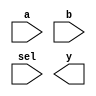
//"Keywords:- Reserved identifiers to define language constructs. All keywords are in lowercase."
//for example in this code (module, input, output, wire, gate primitives, and endmodule)

module mux2 (input a,b,sel,output y);
        
    wire t1,t2;
        
          and A1(t1,a,b);
          and A2(t2,a,b);
          or O1(Y,t1,t2);

endmodule